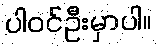
ပါဝင်ဦးမှာပါ။